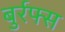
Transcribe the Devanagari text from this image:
बुर्रफ्स